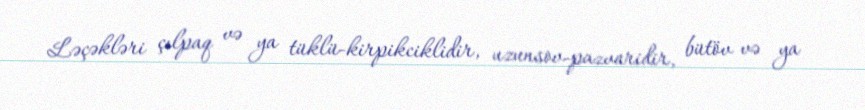
Ləçəkləri çılpaq və ya tüklü-kirpikciklidir, uzunsov-pazvaridir, bütöv və ya